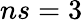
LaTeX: ns=3